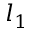
l _ { 1 }